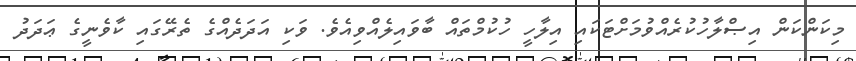
މިކަންކަން އިޞްލާހުކުރެއްވުމަށްޓަކައި އިލާހީ ހުކުމްތައް ބާވައިލެއްވިއެވެ. ވަކި އަދަދެއްގެ ތެރޭގައި ކާވެނީގެ ޢަދަދު